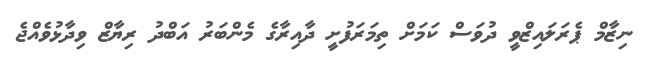
ނިޒާމް ޕެރަލައިޒްވީ ދުވަސް ކަމަށް ތިމަރަފުށީ ދާއިރާގެ މެންބަރު އަބްދު ރިޔާޒް ވިދާޅުވެއްޖެ